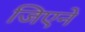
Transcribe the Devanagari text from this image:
जिएने